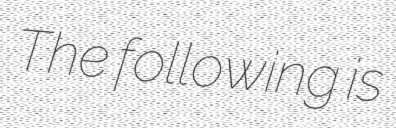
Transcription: The following is